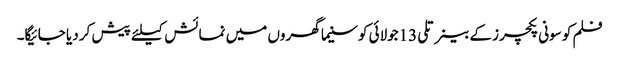
فلم کو سونی پکچرز کے بینر تلی13جولائی کوسنیما گھروں میں نمائش کیلئے پیش کر دیا جائیگا۔